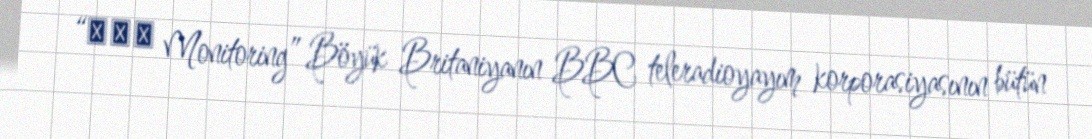
“ВВС Monitoring” Böyük Britaniyanın BBC teleradioyayım korporasiyasının bütün